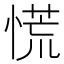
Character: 慌